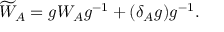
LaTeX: \widetilde { W } _ { A } = g W _ { A } g ^ { - 1 } + ( \delta _ { A } g ) g ^ { - 1 } .